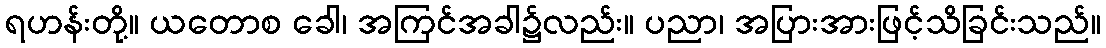
ရဟန်းတို့။ ယတောစ ခေါ၊ အကြင်အခါ၌လည်း။ ပညာ၊ အပြားအားဖြင့်သိခြင်းသည်။